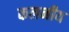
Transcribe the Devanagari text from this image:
कलनीय